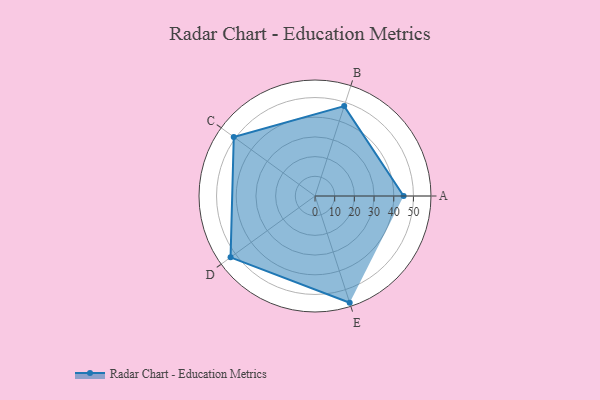
{"axis": {"x": "Skill", "y": "Score"}, "legend": ["Profile"], "data": [{"x": "A", "y": 45.0, "type": "Profile"}, {"x": "B", "y": 48.0, "type": "Profile"}, {"x": "C", "y": 51.0, "type": "Profile"}, {"x": "D", "y": 53.0, "type": "Profile"}, {"x": "E", "y": 57.0, "type": "Profile"}]}